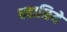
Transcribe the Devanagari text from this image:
वहाळिये